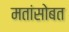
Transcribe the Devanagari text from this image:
मतांसोबत